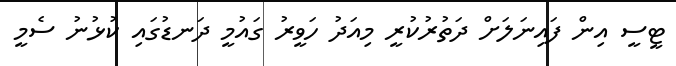
ޓީސީ އިން ފައިނަލަށް ދަތުރުކުރީ މިއަދު ހަވީރު ގައުމީ ދަނޑުގައި ކުޅުނު ސެމީ